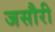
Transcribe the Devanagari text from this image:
जसौरी